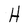
Character: H